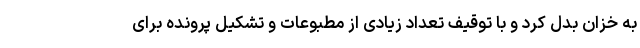
به خزان بدل کرد و با توقیف تعداد زیادی از مطبوعات و تشکیل پرونده برای